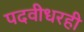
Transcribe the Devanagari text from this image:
पदवीधरही